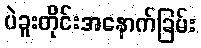
ပဲခူးတိုင်းအနောက်ခြမ်း